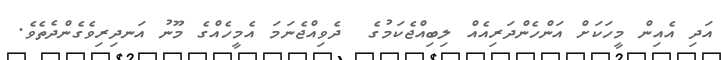
އަދި އެއިން މީހަކަށް އަންހެންދަރިއެއް ލިބިއްޖެކަމުގެ  ދެވިއްޖެނަމަ އެމީހެއްގެ މޫނު އަނދިރިވެގެންދެތެވެ.